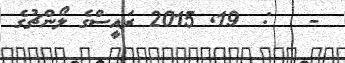
-   :  19